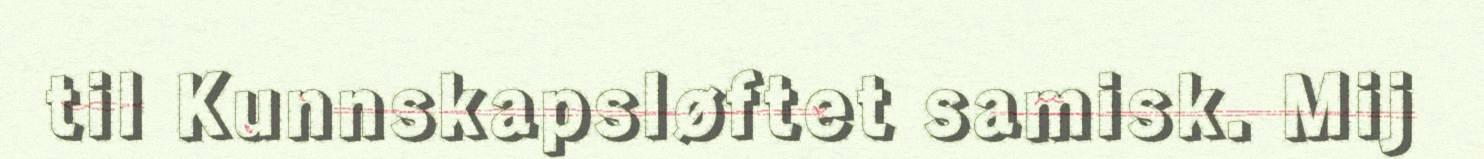
til Kunnskapsløftet samisk. Mij